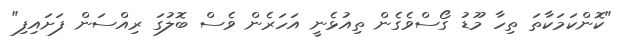
"ކޮންކަމަކާތަ ތިހާ މޫޑު ގޯސްވެގެން ތިއުޅެނީ އަހަރެން ވެސް ބޮލުގަ ރިއްސަން ފަށައިފި"